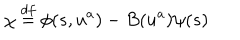
LaTeX: \chi \stackrel { d f } { = } \phi ( s , u ^ { a } ) - B ( u ^ { a } ) \psi ( s )